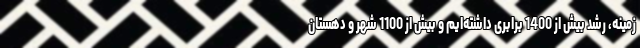
زمینه، رشد بیش از 1400 برابری داشته‌ایم و بیش از 1100 شهر و دهستان